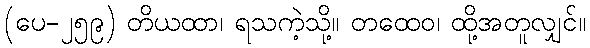
(ပေ-၂၅၉) တိယထာ၊ ရသကဲ့သို့။ တထေဝ၊ ထို့အတူလျှင်။